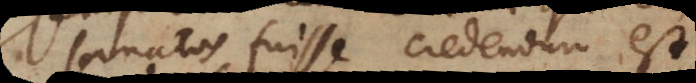
sanatos fuisse credendum est